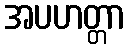
အပဟတ္တာ